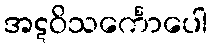
အဋဝိသင်္ကောပေါ